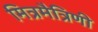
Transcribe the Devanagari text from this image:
मित्रमैत्रिणी